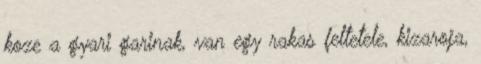
koze a gyari garinak, van egy rakas feltetele, kizaroja,